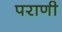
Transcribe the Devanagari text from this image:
पराणी